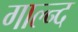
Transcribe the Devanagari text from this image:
गाल्न्द